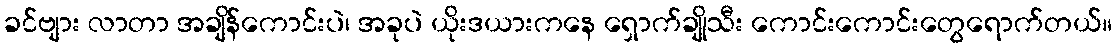
ခင်ဗျား လာတာ အချိန်ကောင်းပဲ၊ အခုပဲ ယိုးဒယားကနေ ရှောက်ချိုသီး ကောင်းကောင်းတွေရောက်တယ်။